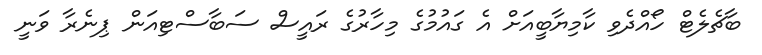
ބާޗެލެޓް ހޯއްދެވި ކާމިޔާބީއަށް އެ ގައުމުގެ މިހާރުގެ ރައީސް ސަބާސްޓިއަން ޕިނެރާ ވަނީ